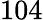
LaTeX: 104